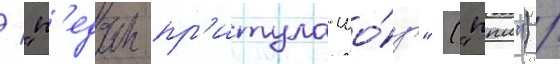
/ "п'едан-пр'итула-шо́у" ("ппш") /